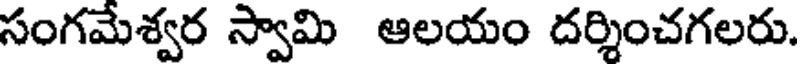
సంగమేశ్వర స్వామి ఆలయం దర్శించగలరు.